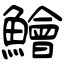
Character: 鱠